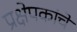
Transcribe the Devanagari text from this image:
प्रक्षेपकांचे